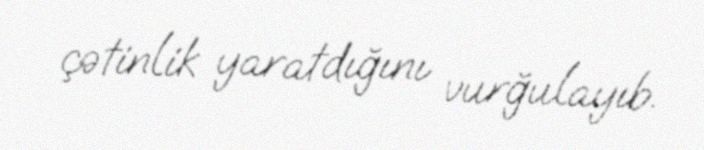
çətinlik yaratdığını vurğulayıb.